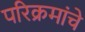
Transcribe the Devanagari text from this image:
परिक्रमांचे